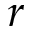
r